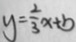
y = \frac { 2 } { 3 } x + b